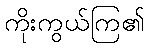
ကိုးကွယ်ကြ၏